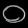
Digit: ၀